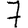
Digit: 7